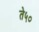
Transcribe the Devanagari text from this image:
ते५०